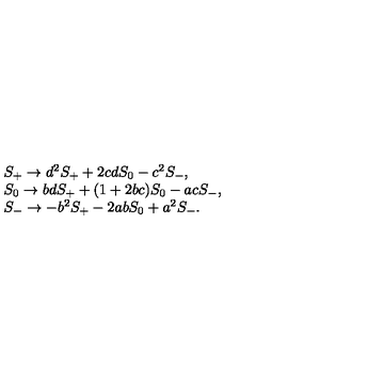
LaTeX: \begin{array} { l } { S _ { + } \rightarrow d ^ { 2 } S _ { + } + 2 c d S _ { 0 } - c ^ { 2 } S _ { - } , } \\ { S _ { 0 } \rightarrow b d S _ { + } + ( 1 + 2 b c ) S _ { 0 } - a c S _ { - } , } \\ { S _ { - } \rightarrow - b ^ { 2 } S _ { + } - 2 a b S _ { 0 } + a ^ { 2 } S _ { - } . } \\ \end{array}